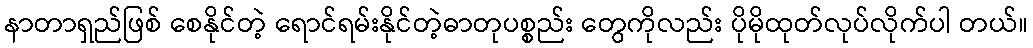
နာတာရှည်ဖြစ် စေနိုင်တဲ့ ရောင်ရမ်းနိုင်တဲ့ဓာတုပစ္စည်း တွေကိုလည်း ပိုမိုထုတ်လုပ်လိုက်ပါ တယ်။